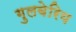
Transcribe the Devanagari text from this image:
गुलबेरिय